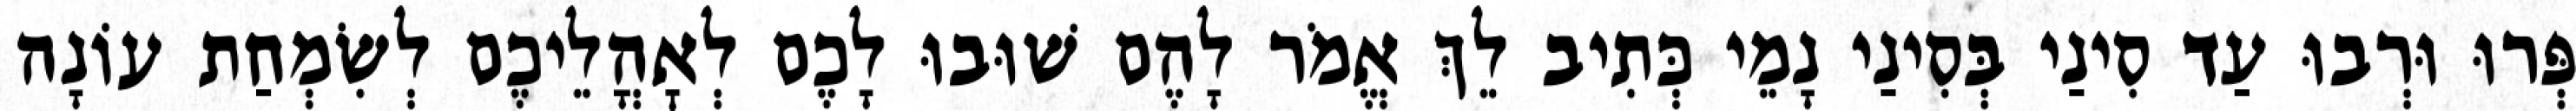
פְּרוּ וּרְבוּ עַד סִינַי בְּסִינַי נָמֵי כְּתִיב לֵךְ אֱמֹר לָהֶם שׁוּבוּ לָכֶם לְאׇהֳלֵיכֶם לְשִׂמְחַת עוֹנָה